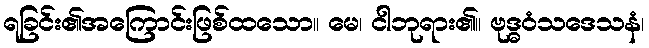
ရခြင်း၏အကြောင်းဖြစ်ထသော။ မေ၊ ငါဘုရား၏။ ဗုဒ္ဓဝံသဒေသနံ၊